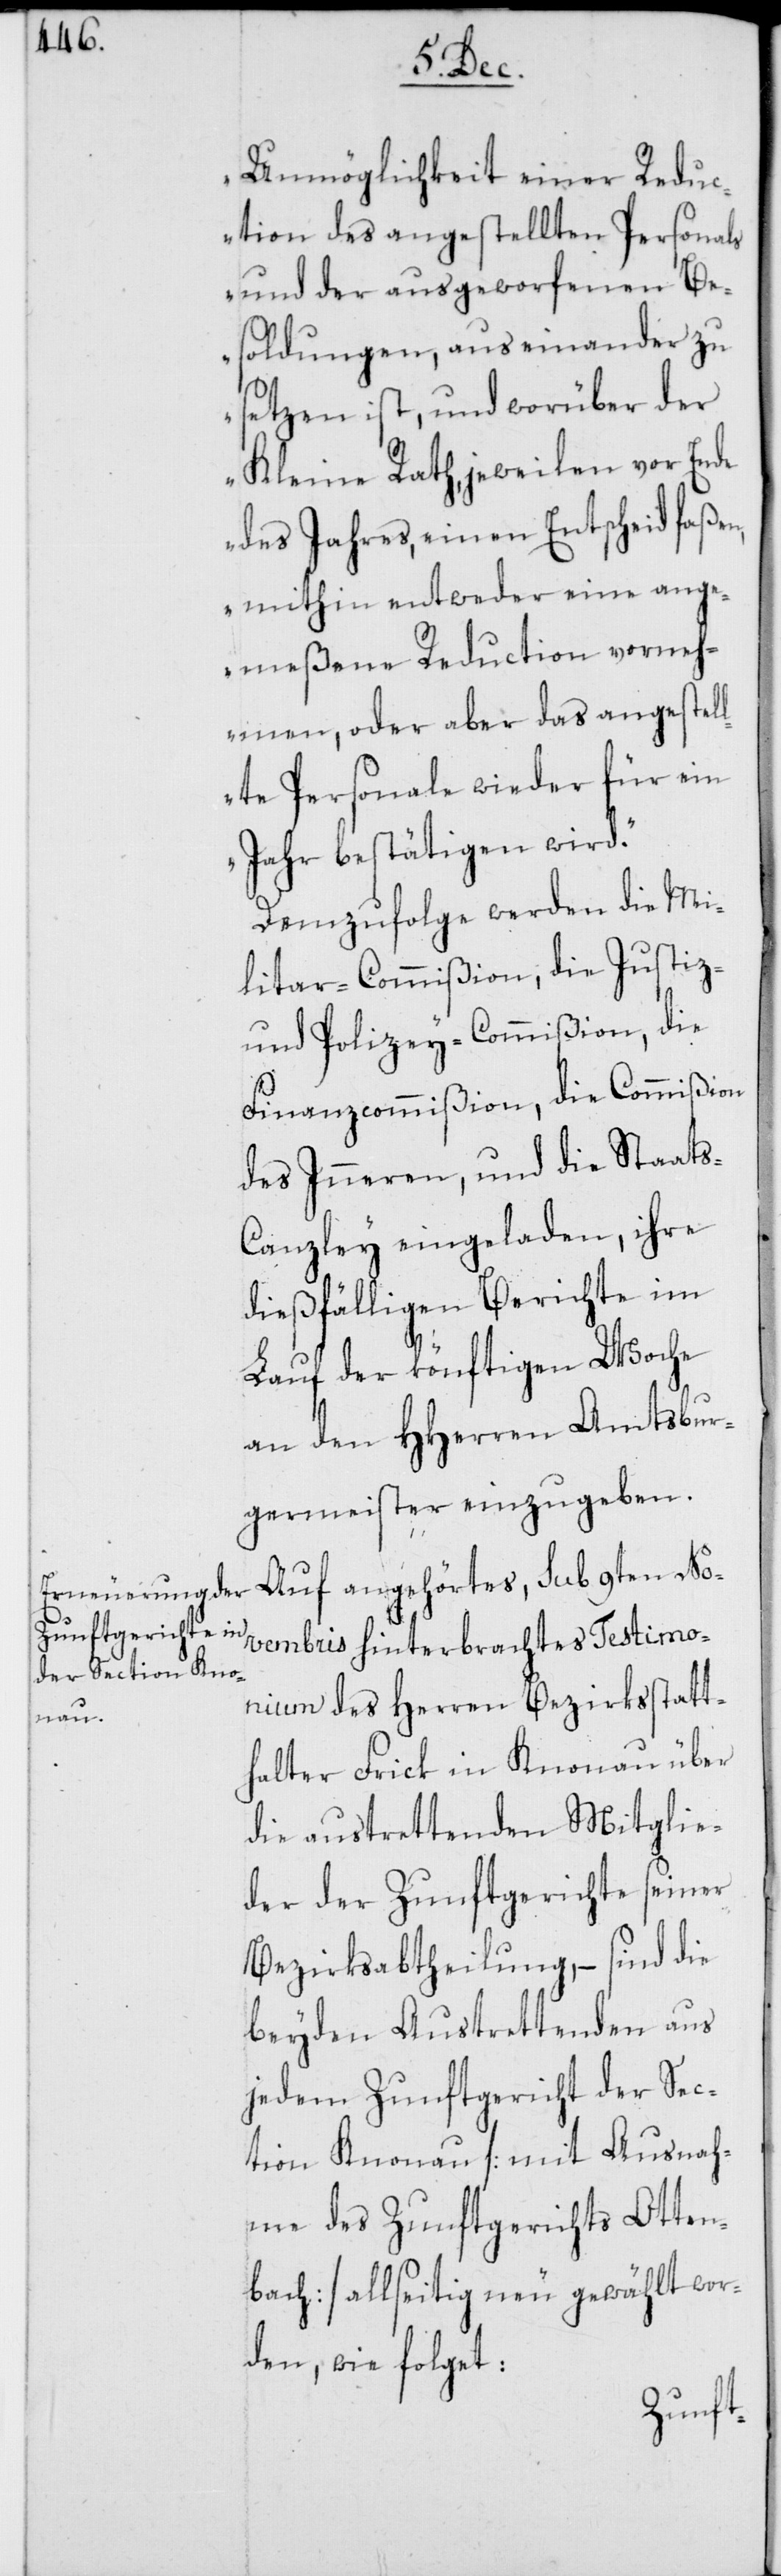
Unmöglichkeit einer Redu¬
ction des angestellten Personals
und der ausgeworfenen Be¬
soldungen, auseinander zu
setzen ist, und worüber der
Kleine Rath, jeweilen vor Ende
des Jahres, einen Entscheid faßen,
mithin entweder eine ange¬
meßene Reduction verneh¬
men, oder das angestell¬
te Personale wieder für ein
Jahr bestätigen wird.“
Demzufolge werden die Mi¬
litar-Commißion, die Justiz-
und Polizey-Commißion, die
Finanzcommißion, die Commißion
des Inneren, und die Staat¬
s-Canzley eingeladen, ihre
dießfälligen Berichte im
Lauf der könftigen Woche
an den HHerren Amtsbur¬
germeister einzugeben.
Auf angehörtes, sub 9ten No¬
vembris hinterbrachtes Testimo¬
nium des Herren Bezirksstatt¬
halter Frick in Knonau über
die austrettenden Mitglie¬
der der Zunftgerichte seiner
Bezirksabtheilung, – sind die
beyden Austrettenden aus
jedem Zunftgericht der Sec¬
tion Knonau [mit Ausnah¬
me des Zunftgerichts Otten¬
bach] allseitig neu gewählt wor¬
den, wie folget: